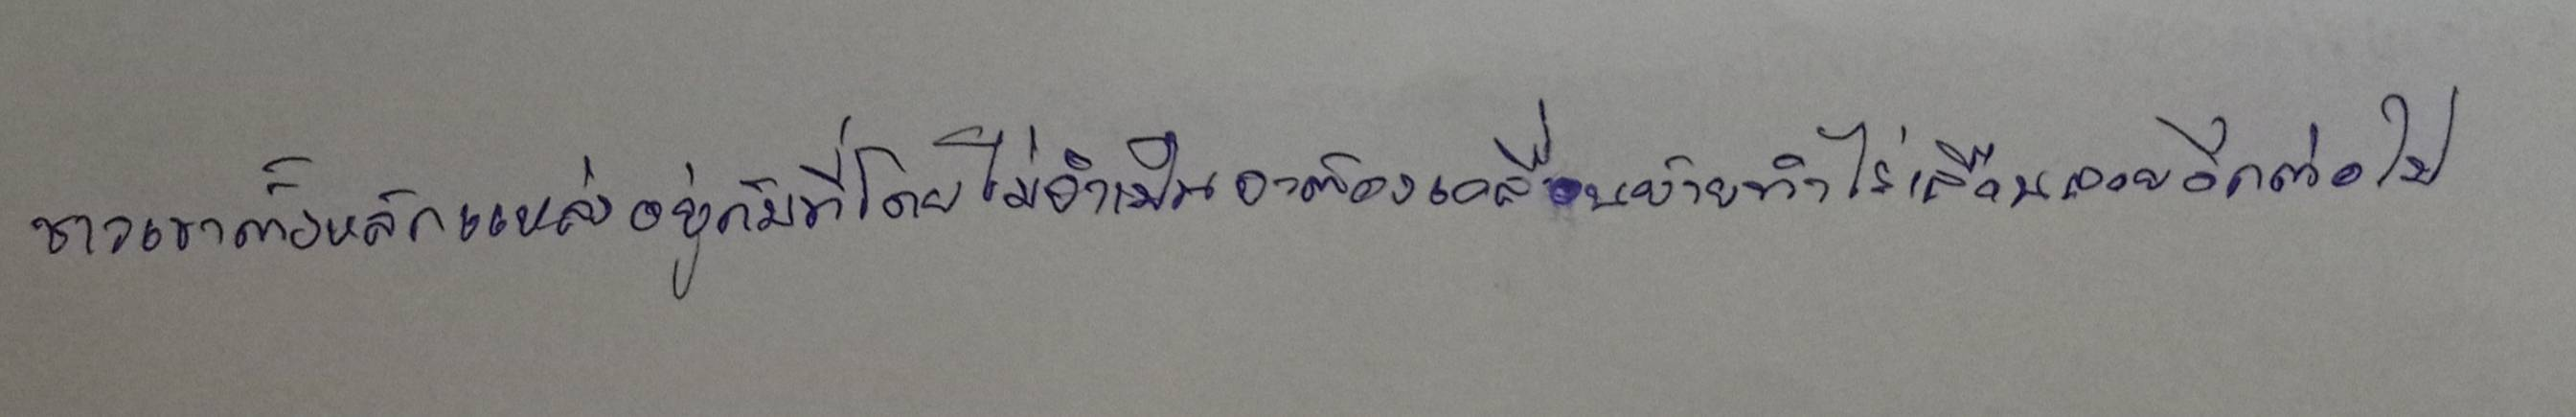
ชาวเขาตั้งหลักแหล่งอยู่กับที่โดยไม่จำเป็นจะต้องเคลื่อนย้ายทำไร่เลื่อนลอยอีกต่อไป